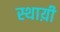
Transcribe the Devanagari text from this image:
स्थाय़ी